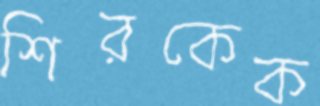
শিরকেক